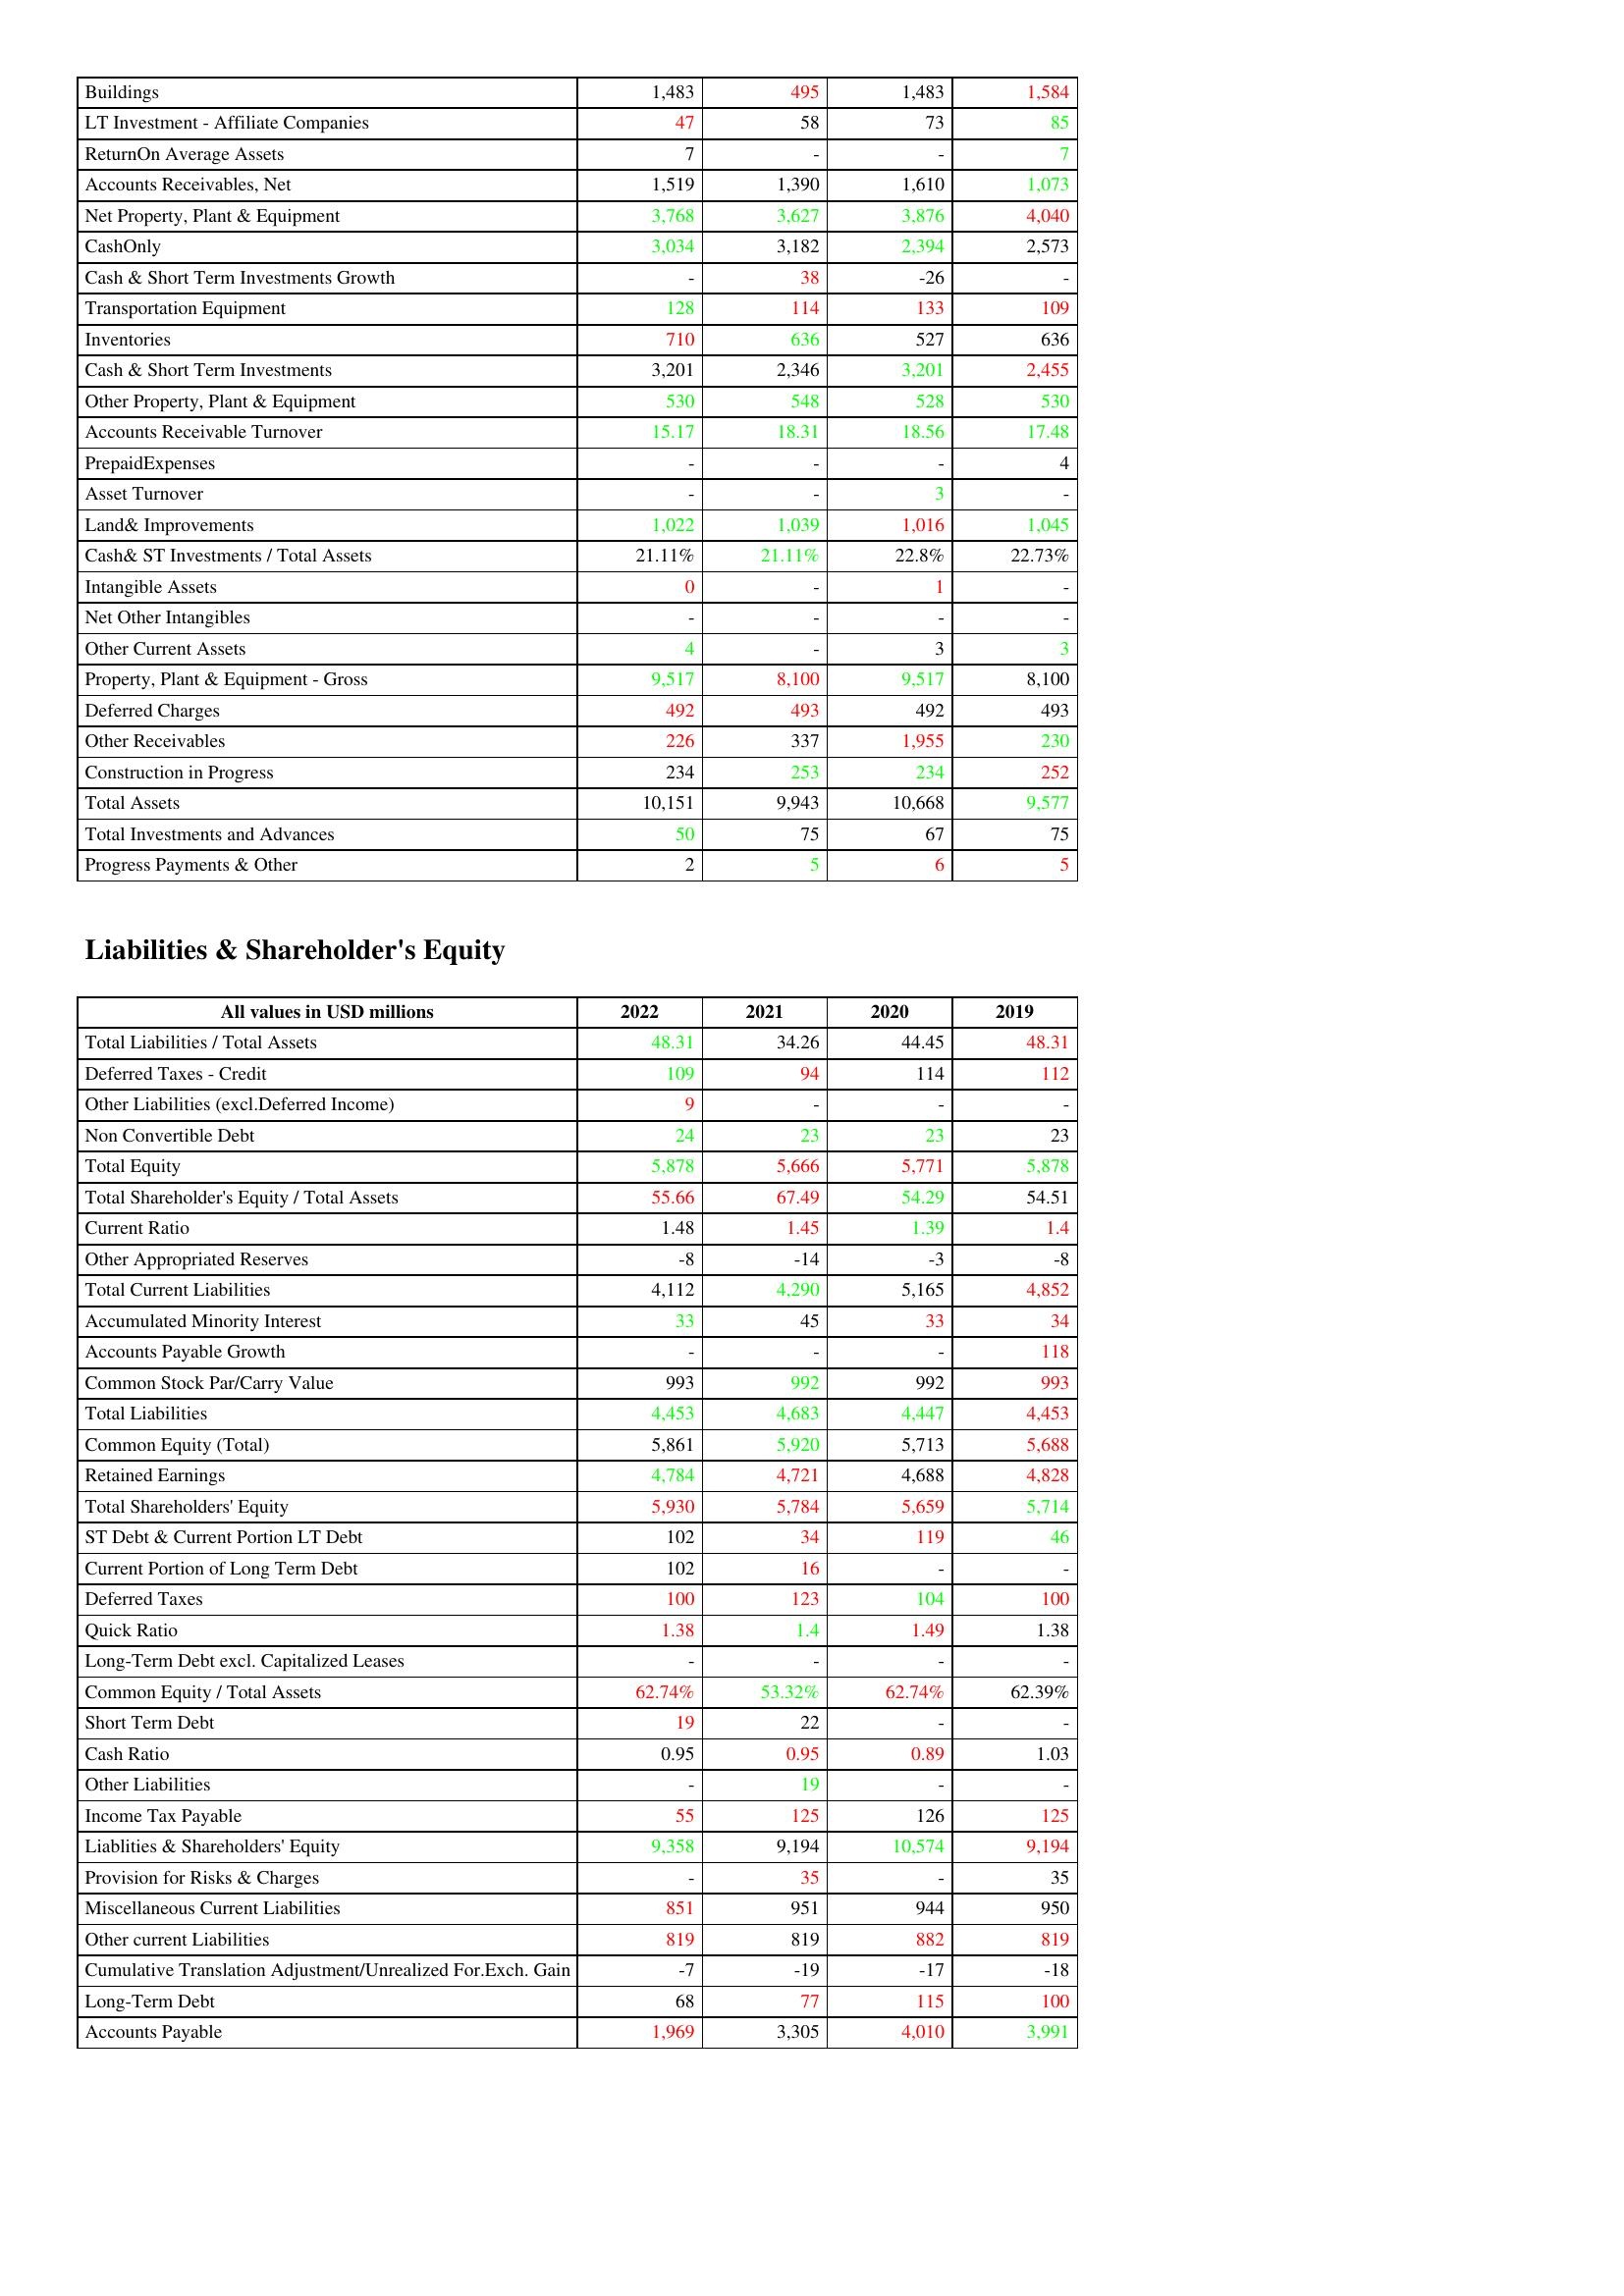
gt_parse: 2022: Assets: Buildings: 1,483
LT Investment - Affiliate Companies: 47
ReturnOn Average Assets: 7
Accounts Receivables, Net: 1,519
Net Property, Plant & Equipment: 3,768
CashOnly: 3,034
Cash & Short Term Investments Growth: -
Transportation Equipment: 128
Inventories: 710
Cash & Short Term Investments: 3,201
Other Property, Plant & Equipment: 530
Accounts Receivable Turnover: 15.17
PrepaidExpenses: -
Asset Turnover: -
Land& Improvements: 1,022
Cash& ST Investments / Total Assets: 21.11%
Intangible Assets: 0
Net Other Intangibles: -
Other Current Assets: 4
Property, Plant & Equipment - Gross : 9,517
Deferred Charges: 492
Other Receivables: 226
Construction in Progress: 234
Total Assets: 10,151
Total Investments and Advances: 50
Progress Payments & Other: 2
Liabilities & Shareholder's Equity: Total Liabilities / Total Assets: 48.31
Deferred Taxes - Credit: 109
Other Liabilities (excl.Deferred Income): 9
Non Convertible Debt: 24
Total Equity: 5,878
Total Shareholder's Equity / Total Assets: 55.66
Current Ratio: 1.48
Other Appropriated Reserves: -8
Total Current Liabilities: 4,112
Accumulated Minority Interest: 33
Accounts Payable Growth: -
Common Stock Par/Carry Value: 993
Total Liabilities: 4,453
Common Equity (Total): 5,861
Retained Earnings: 4,784
Total Shareholders' Equity: 5,930
ST Debt & Current Portion LT Debt: 102
Current Portion of Long Term Debt: 102
Deferred Taxes: 100
Quick Ratio: 1.38
Long-Term Debt excl. Capitalized Leases: -
Common Equity / Total Assets: 62.74%
Short Term Debt: 19
Cash Ratio: 0.95
Other Liabilities: -
Income Tax Payable: 55
Liablities & Shareholders' Equity: 9,358
Provision for Risks & Charges: -
Miscellaneous Current Liabilities: 851
Other current Liabilities: 819
Cumulative Translation Adjustment/Unrealized For.Exch. Gain: -7
Long-Term Debt: 68
Accounts Payable: 1,969
2021: Assets: Buildings: 495
LT Investment - Affiliate Companies: 58
ReturnOn Average Assets: -
Accounts Receivables, Net: 1,390
Net Property, Plant & Equipment: 3,627
CashOnly: 3,182
Cash & Short Term Investments Growth: 38
Transportation Equipment: 114
Inventories: 636
Cash & Short Term Investments: 2,346
Other Property, Plant & Equipment: 548
Accounts Receivable Turnover: 18.31
PrepaidExpenses: -
Asset Turnover: -
Land& Improvements: 1,039
Cash& ST Investments / Total Assets: 21.11%
Intangible Assets: -
Net Other Intangibles: -
Other Current Assets: -
Property, Plant & Equipment - Gross : 8,100
Deferred Charges: 493
Other Receivables: 337
Construction in Progress: 253
Total Assets: 9,943
Total Investments and Advances: 75
Progress Payments & Other: 5
Liabilities & Shareholder's Equity: Total Liabilities / Total Assets: 34.26
Deferred Taxes - Credit: 94
Other Liabilities (excl.Deferred Income): -
Non Convertible Debt: 23
Total Equity: 5,666
Total Shareholder's Equity / Total Assets: 67.49
Current Ratio: 1.45
Other Appropriated Reserves: -14
Total Current Liabilities: 4,290
Accumulated Minority Interest: 45
Accounts Payable Growth: -
Common Stock Par/Carry Value: 992
Total Liabilities: 4,683
Common Equity (Total): 5,920
Retained Earnings: 4,721
Total Shareholders' Equity: 5,784
ST Debt & Current Portion LT Debt: 34
Current Portion of Long Term Debt: 16
Deferred Taxes: 123
Quick Ratio: 1.4
Long-Term Debt excl. Capitalized Leases: -
Common Equity / Total Assets: 53.32%
Short Term Debt: 22
Cash Ratio: 0.95
Other Liabilities: 19
Income Tax Payable: 125
Liablities & Shareholders' Equity: 9,194
Provision for Risks & Charges: 35
Miscellaneous Current Liabilities: 951
Other current Liabilities: 819
Cumulative Translation Adjustment/Unrealized For.Exch. Gain: -19
Long-Term Debt: 77
Accounts Payable: 3,305
2020: Assets: Buildings: 1,483
LT Investment - Affiliate Companies: 73
ReturnOn Average Assets: -
Accounts Receivables, Net: 1,610
Net Property, Plant & Equipment: 3,876
CashOnly: 2,394
Cash & Short Term Investments Growth: -26
Transportation Equipment: 133
Inventories: 527
Cash & Short Term Investments: 3,201
Other Property, Plant & Equipment: 528
Accounts Receivable Turnover: 18.56
PrepaidExpenses: -
Asset Turnover: 3
Land& Improvements: 1,016
Cash& ST Investments / Total Assets: 22.8%
Intangible Assets: 1
Net Other Intangibles: -
Other Current Assets: 3
Property, Plant & Equipment - Gross : 9,517
Deferred Charges: 492
Other Receivables: 1,955
Construction in Progress: 234
Total Assets: 10,668
Total Investments and Advances: 67
Progress Payments & Other: 6
Liabilities & Shareholder's Equity: Total Liabilities / Total Assets: 44.45
Deferred Taxes - Credit: 114
Other Liabilities (excl.Deferred Income): -
Non Convertible Debt: 23
Total Equity: 5,771
Total Shareholder's Equity / Total Assets: 54.29
Current Ratio: 1.39
Other Appropriated Reserves: -3
Total Current Liabilities: 5,165
Accumulated Minority Interest: 33
Accounts Payable Growth: -
Common Stock Par/Carry Value: 992
Total Liabilities: 4,447
Common Equity (Total): 5,713
Retained Earnings: 4,688
Total Shareholders' Equity: 5,659
ST Debt & Current Portion LT Debt: 119
Current Portion of Long Term Debt: -
Deferred Taxes: 104
Quick Ratio: 1.49
Long-Term Debt excl. Capitalized Leases: -
Common Equity / Total Assets: 62.74%
Short Term Debt: -
Cash Ratio: 0.89
Other Liabilities: -
Income Tax Payable: 126
Liablities & Shareholders' Equity: 10,574
Provision for Risks & Charges: -
Miscellaneous Current Liabilities: 944
Other current Liabilities: 882
Cumulative Translation Adjustment/Unrealized For.Exch. Gain: -17
Long-Term Debt: 115
Accounts Payable: 4,010
2019: Assets: Buildings: 1,584
LT Investment - Affiliate Companies: 85
ReturnOn Average Assets: 7
Accounts Receivables, Net: 1,073
Net Property, Plant & Equipment: 4,040
CashOnly: 2,573
Cash & Short Term Investments Growth: -
Transportation Equipment: 109
Inventories: 636
Cash & Short Term Investments: 2,455
Other Property, Plant & Equipment: 530
Accounts Receivable Turnover: 17.48
PrepaidExpenses: 4
Asset Turnover: -
Land& Improvements: 1,045
Cash& ST Investments / Total Assets: 22.73%
Intangible Assets: -
Net Other Intangibles: -
Other Current Assets: 3
Property, Plant & Equipment - Gross : 8,100
Deferred Charges: 493
Other Receivables: 230
Construction in Progress: 252
Total Assets: 9,577
Total Investments and Advances: 75
Progress Payments & Other: 5
Liabilities & Shareholder's Equity: Total Liabilities / Total Assets: 48.31
Deferred Taxes - Credit: 112
Other Liabilities (excl.Deferred Income): -
Non Convertible Debt: 23
Total Equity: 5,878
Total Shareholder's Equity / Total Assets: 54.51
Current Ratio: 1.4
Other Appropriated Reserves: -8
Total Current Liabilities: 4,852
Accumulated Minority Interest: 34
Accounts Payable Growth: 118
Common Stock Par/Carry Value: 993
Total Liabilities: 4,453
Common Equity (Total): 5,688
Retained Earnings: 4,828
Total Shareholders' Equity: 5,714
ST Debt & Current Portion LT Debt: 46
Current Portion of Long Term Debt: -
Deferred Taxes: 100
Quick Ratio: 1.38
Long-Term Debt excl. Capitalized Leases: -
Common Equity / Total Assets: 62.39%
Short Term Debt: -
Cash Ratio: 1.03
Other Liabilities: -
Income Tax Payable: 125
Liablities & Shareholders' Equity: 9,194
Provision for Risks & Charges: 35
Miscellaneous Current Liabilities: 950
Other current Liabilities: 819
Cumulative Translation Adjustment/Unrealized For.Exch. Gain: -18
Long-Term Debt: 100
Accounts Payable: 3,991